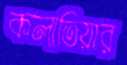
কলাতিয়ার